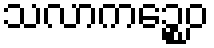
သလာကဉ္စေဝ